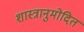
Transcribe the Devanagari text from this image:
शास्त्रानुमोदित